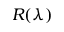
R ( \lambda )